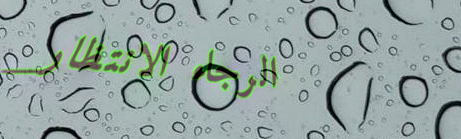
الرجاء الانتظار